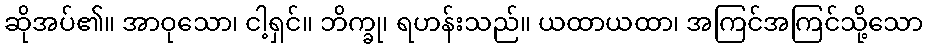
ဆိုအပ်၏။ အာဝုသော၊ ငါ့ရှင်။ ဘိက္ခု၊ ရဟန်းသည်။ ယထာယထာ၊ အကြင်အကြင်သို့သော